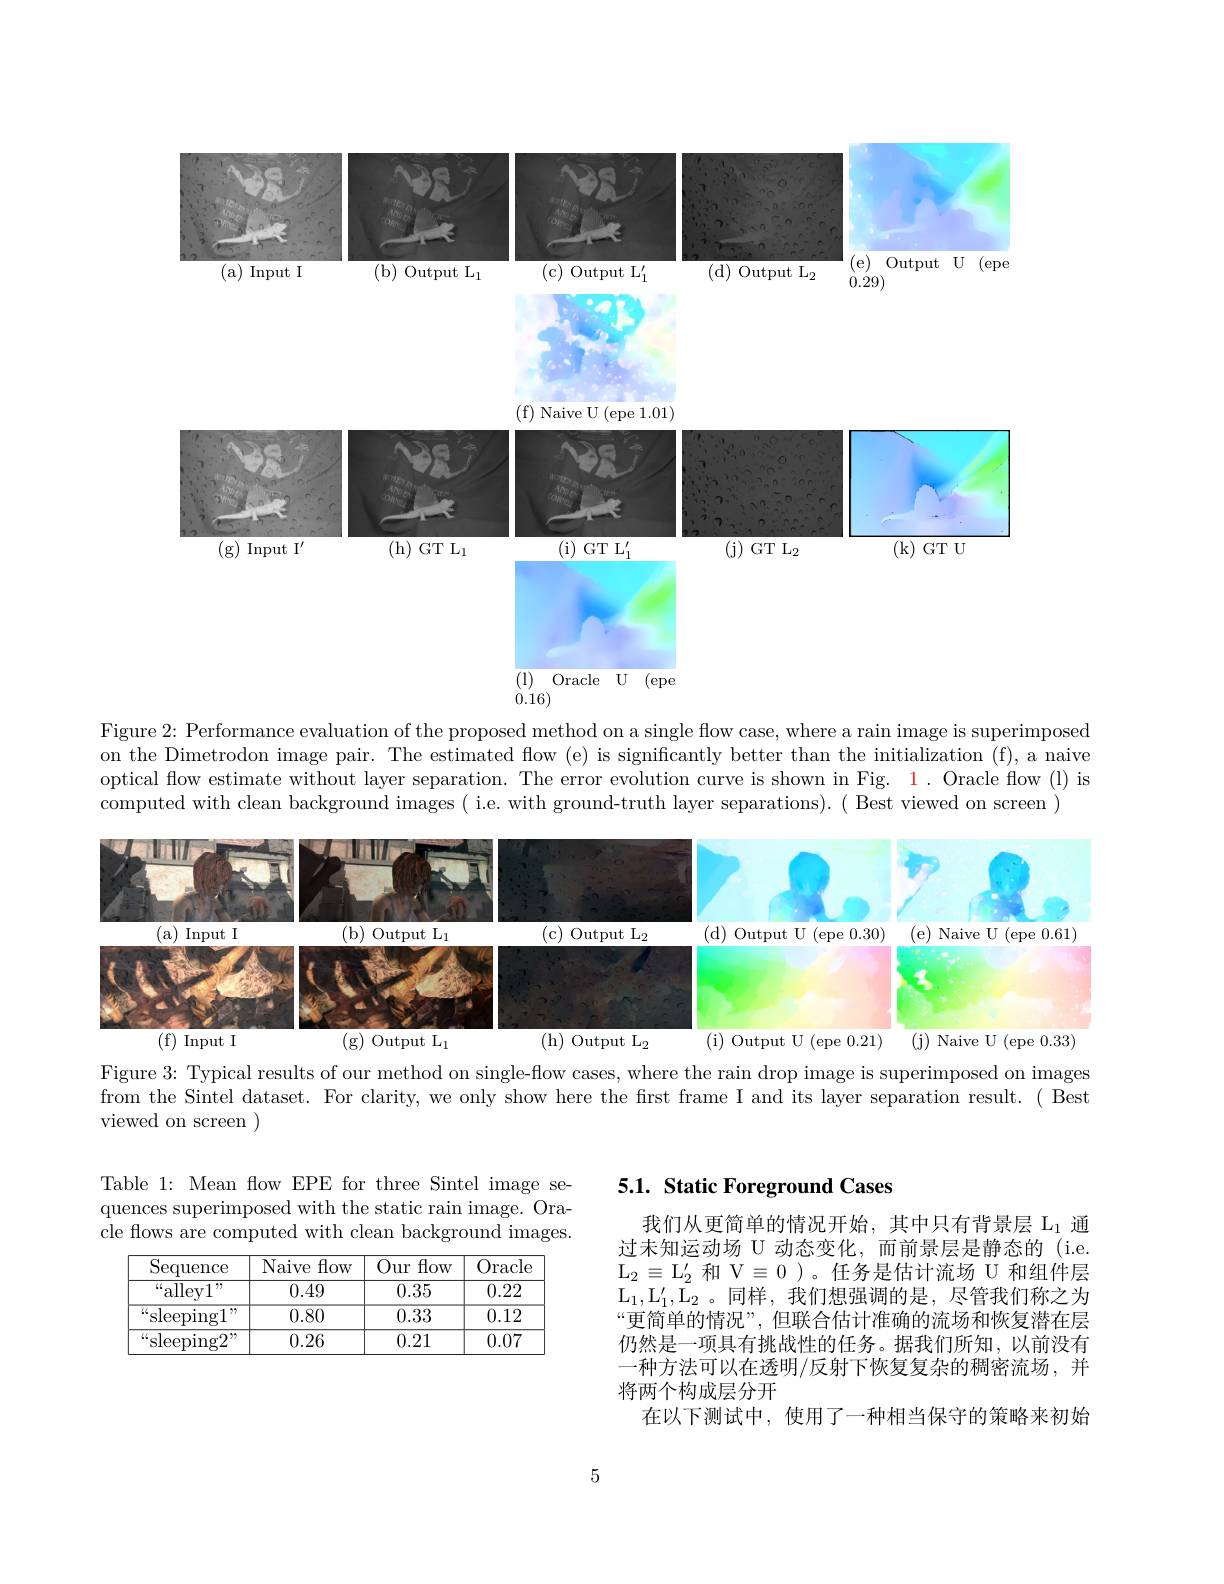
<FigureHere>
0.16)

Figure 2: Performance evaluation of the proposed method on a single flow case, where a rain image is superimposed on the Dimetrodon image pair. The estimated flow (e) is significantly better than the initialization (f), a naive optical flow estimate without layer separation. The error evolution curve is shown in Fig. 1. Oracle flow (l) is computed with clean background images ( i.e. with ground-truth layer separations). ( Best viewed on screen )

<FigureHere>

Figure 3: Typical results of our method on single-flow cases, where the rain drop image is superimposed on images

from the Sintel dataset. For clarity, we only show here the first frame I and its layer separation result.( Best

viewed on screen )

## 5.1. Static Foreground Cases

Table 1: Mean fow EPE for three Sintel image sequences superimposed with the static rain image. Oracle flows are computed with clean background images.

<table>
	<tbody>
		<tr>
			<th>Sequence</th>
			<th>Naive flow</th>
			<th>Our flow</th>
			<th>Oracle</th>
		</tr>
		<tr>
			<td>$“$alley1 7.</td>
			<td>0.49</td>
			<td>0.35</td>
			<td>0.22</td>
		</tr>
		<tr>
			<td>$\operatorname{sleeping}1$ 5</td>
			<td>0.80</td>
			<td>0.33</td>
			<td>0.12</td>
		</tr>
		<tr>
			<td>sleeping2</td>
			<td>0.26</td>
			<td>0.21</td>
			<td>0.07</td>
		</tr>
	</tbody>
</table>

我们从更简单的情况开始，其中只有背景层$\mathcal{L}_1$通过未知运动场 U 动态变化，而前景层是静态的 (i.e. $\mathrm{L}_{2}\equiv\mathrm{L}_{2}^{\prime}$和 V$\equiv0$)。任务是估计流场 U 和组件层$\mathrm{L}_1,\mathrm{L}_1^{\prime},\mathrm{L}_2$。同样，我们想强调的是，尽管我们称之为“更简单的情况”,但联合估计准确的流场和恢复潜在层仍然是一项具有挑战性的任务。据我们所知，以前没有一种方法可以在透明/反射下恢复复杂的稠密流场，并将两个构成层分开
在以下测试中，使用了一种相当保守的策略来初始

5